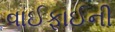
વાઈફાઈની